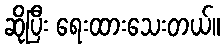
ဆိုပြီး ရေးထားသေးတယ်။